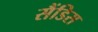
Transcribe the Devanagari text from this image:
सैंडिस